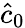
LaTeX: \hat{c}_{0}